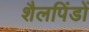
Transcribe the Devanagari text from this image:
शैलपिंडों